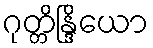
ဂုတ္တိန္ဒြိယော